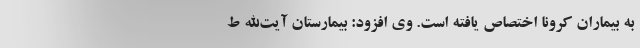
به بیماران کرونا اختصاص یافته است. وی افزود: بیمارستان آیت‌الله ط